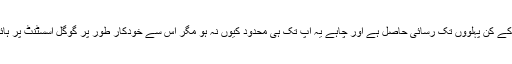
مگر یہ برسوں پرانی معلومات ہے اور اس سے معلوم ہوتا ہے کہ گوگل کو صارف کی زندگی کے کن پہلوؤں تک رسائی حاصل ہے اور چاہے یہ آپ تک ہی محدود کیوں نہ ہو مگر اس سے خودکار طور پر گوگل اسسٹنٹ پر ہائی لائٹ کارڈز بن جاتے ہیں، گوگل پر پرسنل انفو یا گوگل میپس پر ڈائریکشنز کا تعین ہوتا ہے۔